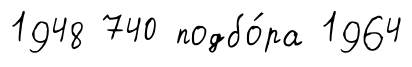
1948 740 подбо́ра 1964